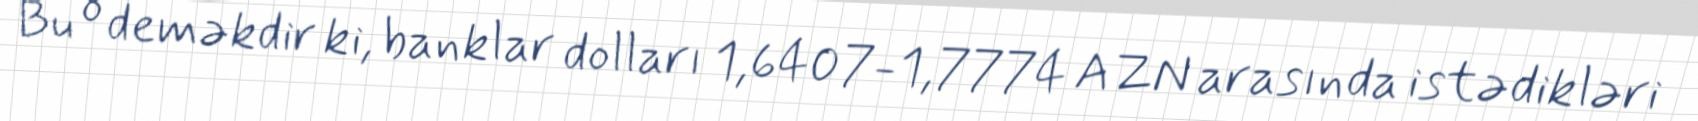
Bu o deməkdir ki, banklar dolları 1,6407-1,7774 AZN arasında istədikləri